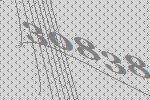
30838